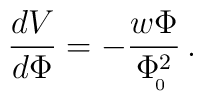
{dV\over d\Phi}= -{w\Phi\over \Phi_{\!_0}^2}\, .